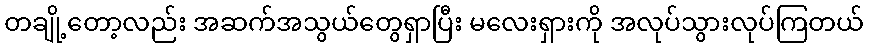
တချို့တော့လည်း အဆက်အသွယ်တွေရှာပြီး မလေးရှားကို အလုပ်သွားလုပ်ကြတယ်